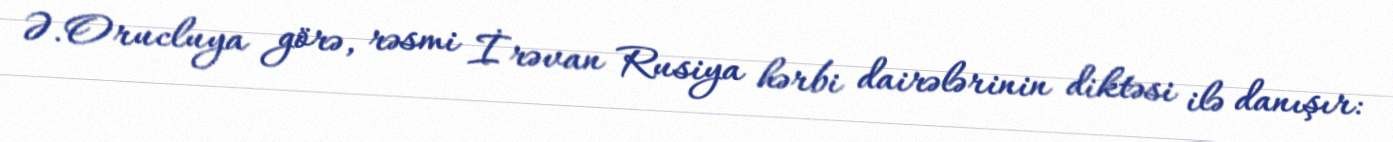
Ə.Orucluya görə, rəsmi İrəvan Rusiya hərbi dairələrinin diktəsi ilə danışır: